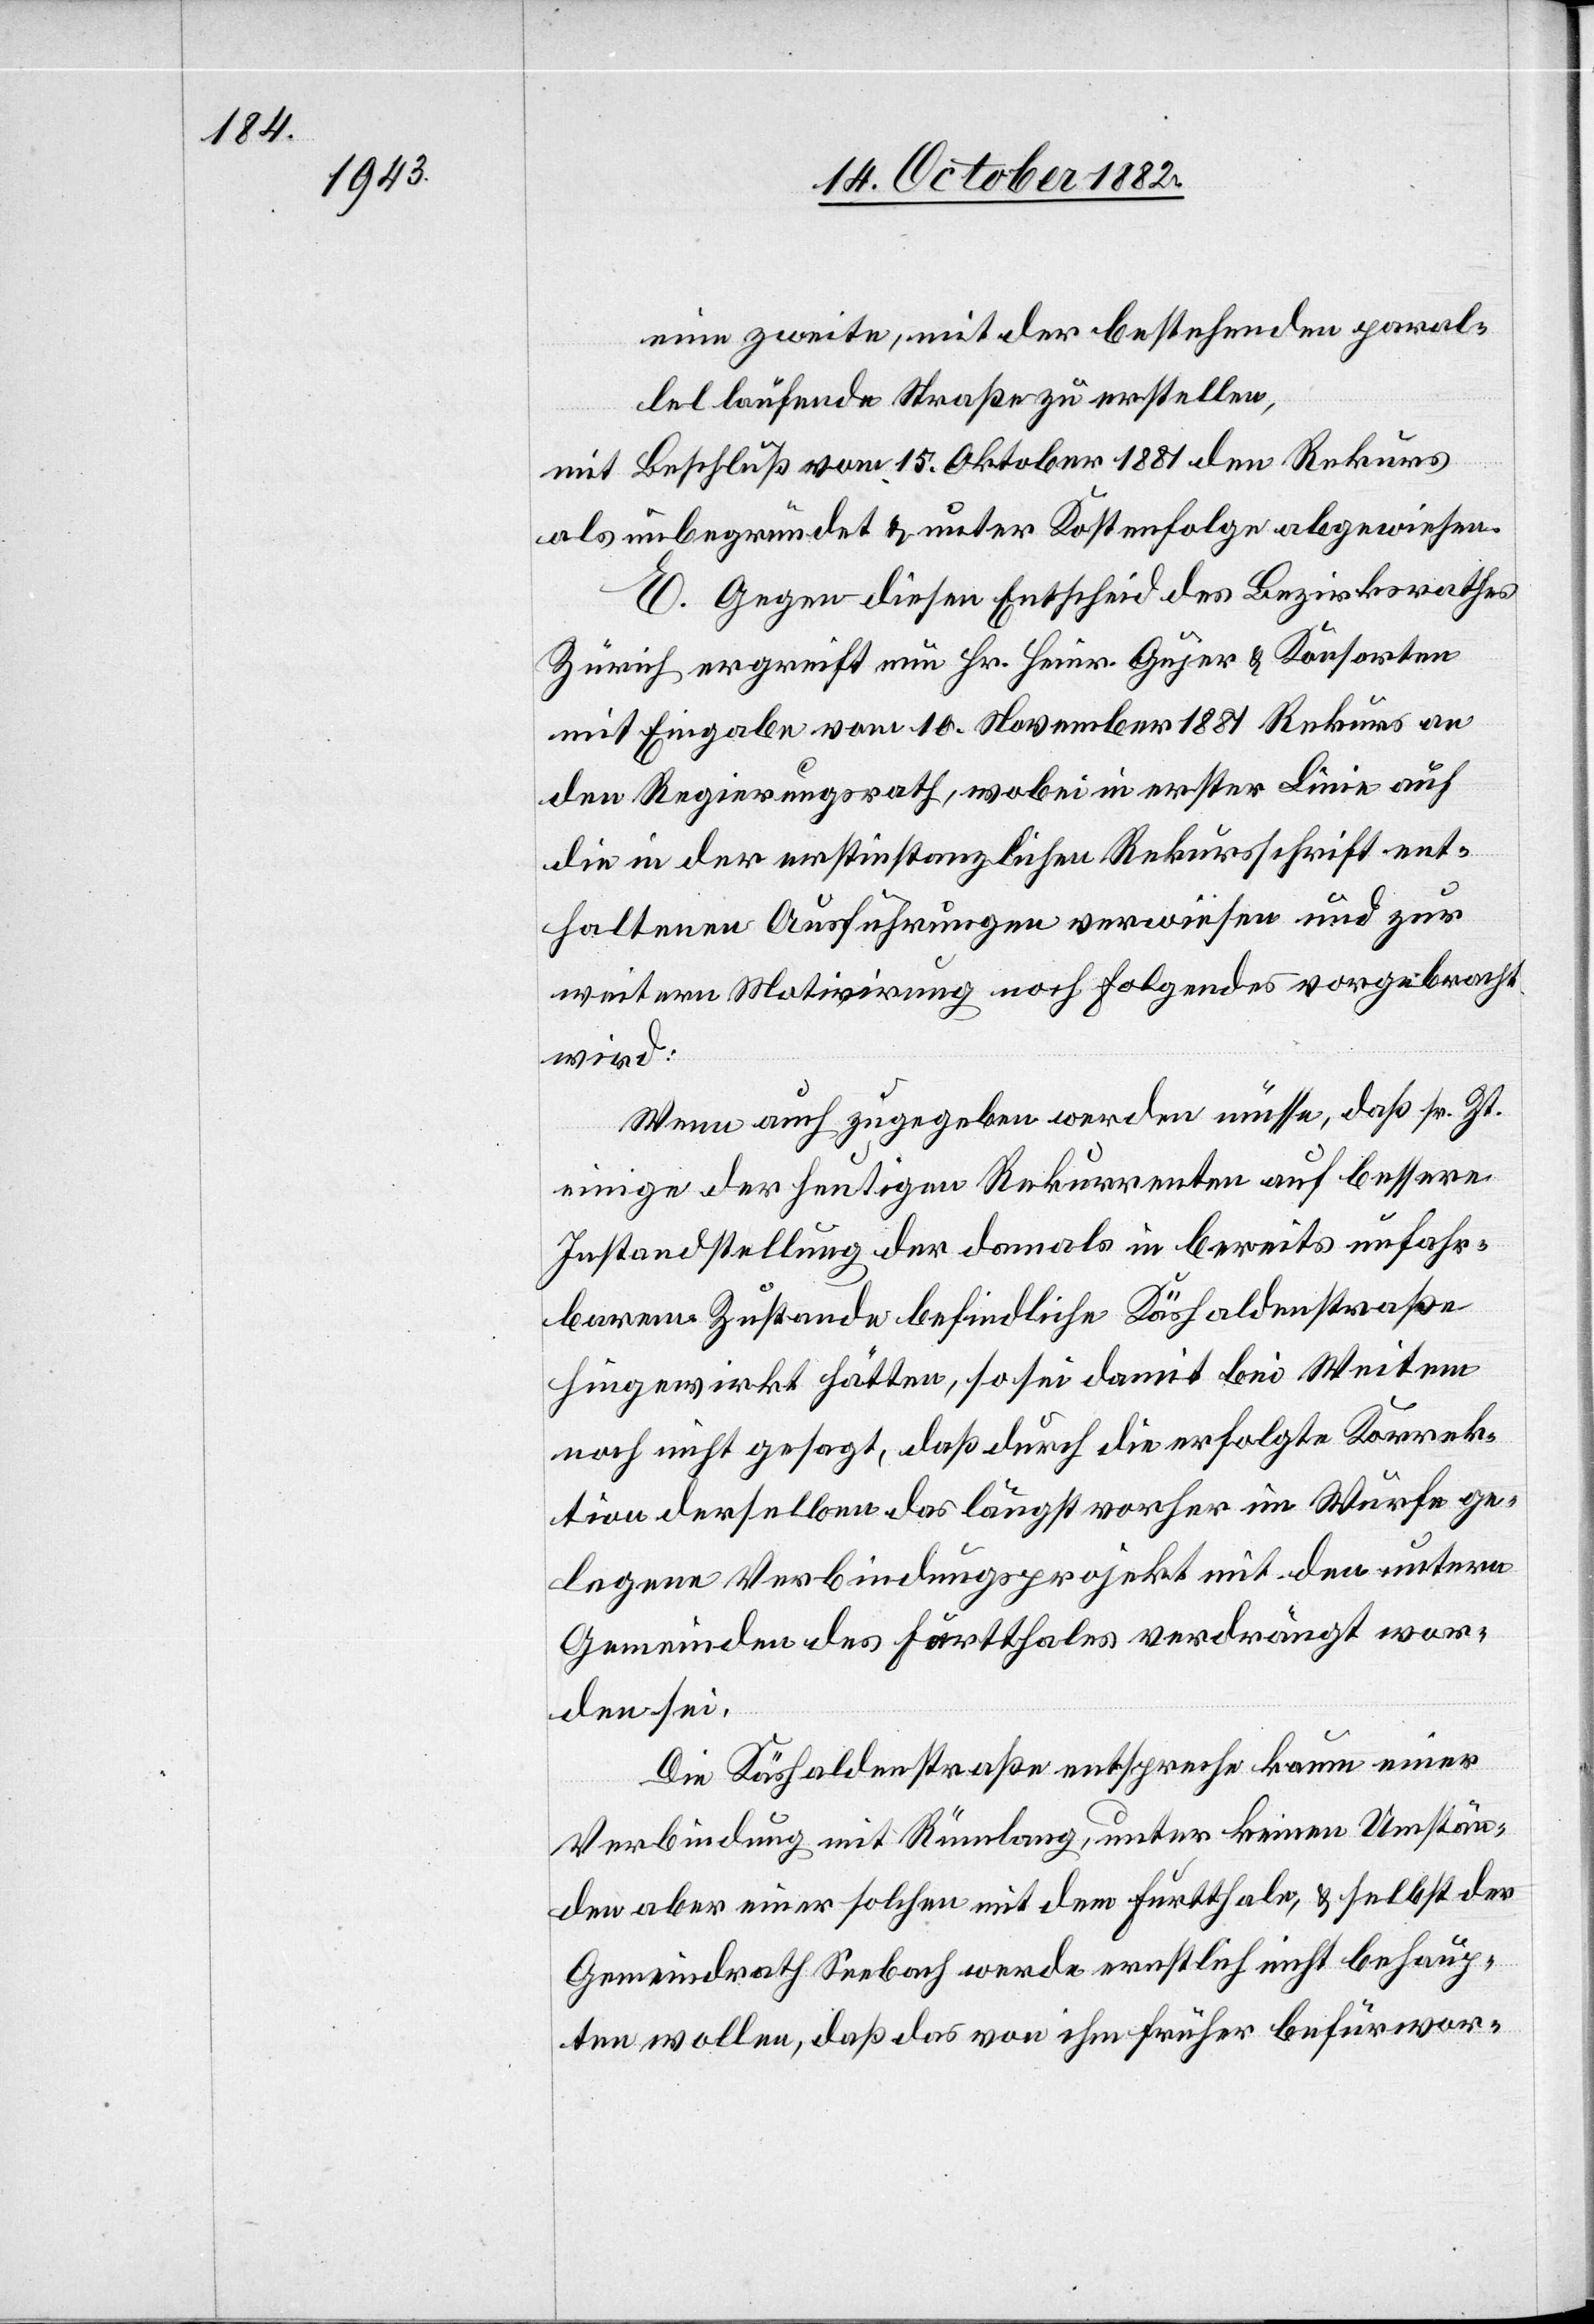
eine zweite, mit der bestehenden paral¬
lel laufende Straße zu erstellen,
mit Beschluß vom 15. Oktober 1881 den Rekurs
als unbegründet & unter Kostenfolge abgewiesen.
E. Gegen diesen Entscheid des Bezirksrathes
Zürich ergreift nun Hr. Heinr. Gujer & Konsorten
mit Eingabe vom 10. November 1881 Rekurs an
den Regierungsrath, wobei in erster Linie auf
die in der erstinstanzlichen Rekursschrift ent¬
haltenen Ausführungen verwiesen und zur
weitern Motivirung noch Folgendes vorgebracht
wird:
Wenn auch zugegeben werden müsse, daß sr. Zt.
einige der heutigen Rekurrenten auf bessere
Instandstellung der damals in bereits unfahr¬
barem Zustande befindliche Käshaldenstraße
hingewirkt hätten, so sei damit bei Weitem
noch nicht gesagt, daß durch die erfolgte Korrek¬
tion derselben das längst vorher im Wurfe ge¬
legene Verbindungsprojekt mit den untern
Gemeinden des Furtthales verdrängt wor¬
den sei.
Die Käshaldenstraße entspreche kaum einer
Verbindung mit Rümlang, unter keinen Umstän¬
den aber einer solchen mit dem Furtthale, & selbst der
Gemeindrath Seebach werde ernstlich nicht behaup¬
ten wollen, daß das von ihm früher befürwor-